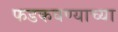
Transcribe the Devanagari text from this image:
फडकवण्याच्या